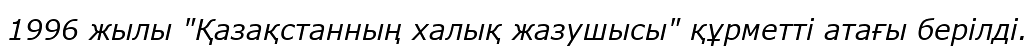
1996 жылы "Қазақстанның халық жазушысы" құрметті атағы берілді.